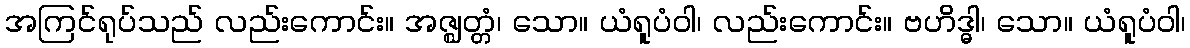
အကြင်ရုပ်သည် လည်းကောင်း။ အဇ္ဈတ္တံ၊ သော။ ယံရူပံဝါ၊ လည်းကောင်း။ ဗဟိဒ္ဓါ၊ သော။ ယံရူပံဝါ၊